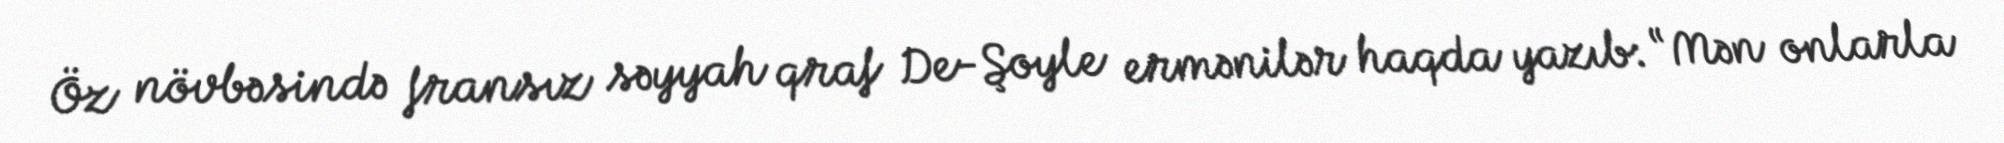
Öz növbəsində fransız səyyah qraf De-Şoyle ermənilər haqda yazıb: “Mən onlarla